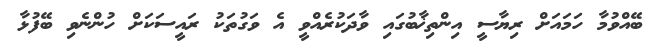
ބޭއްވުމާ ހަމައަށް ރިޔާސީ އިންތިޚާބުގައި ވާދަކުރެއްވީ އެ ވަގުތަކު ރައީސަކަށް ހުންނެވި ބޭފުޅާ